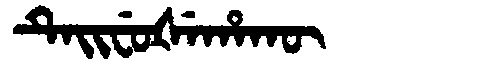
Manchu: ᡨᡝᡳᠸᡠᡧᡝᡥᠠᡴᡡ
Romanization: TEIFUŠEHAKŪ